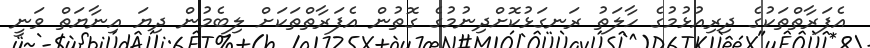
އެފަރާތްތަކުގެ ދިރިއުޅުމުގެ ހާލަތު ރަނގަޅުކޮށްދިނުމުގެ ގޮތުން އެފަރާތްތަކަށް ލިބެމުން ދިޔަ އިނާޔަތް ވަނީ